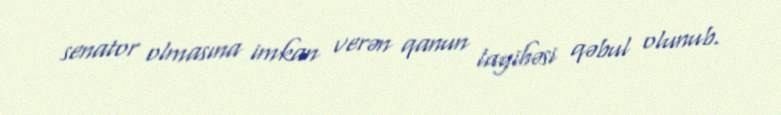
senator olmasına imkan verən qanun layihəsi qəbul olunub.